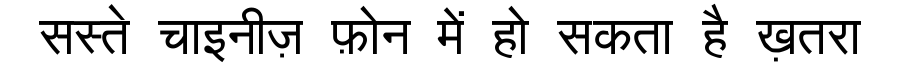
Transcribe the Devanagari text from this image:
सस्ते चाइनीज़ फ़ोन में हो सकता है ख़तरा